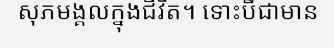
សុភមង្គលក្នុងជីវិត។ ទោះបីជាមាន